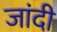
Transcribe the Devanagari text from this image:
जांदी